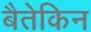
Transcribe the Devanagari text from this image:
बैतेकिन